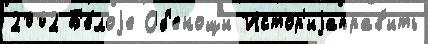
2002 Б'е́лоjе Об'енощи Истор'иjаправ'ить